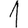
Digit: 1